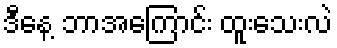
ဒီနေ့ ဘာအကြောင်း ထူးသေးလဲ